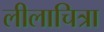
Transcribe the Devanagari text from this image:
लीलाचित्रा